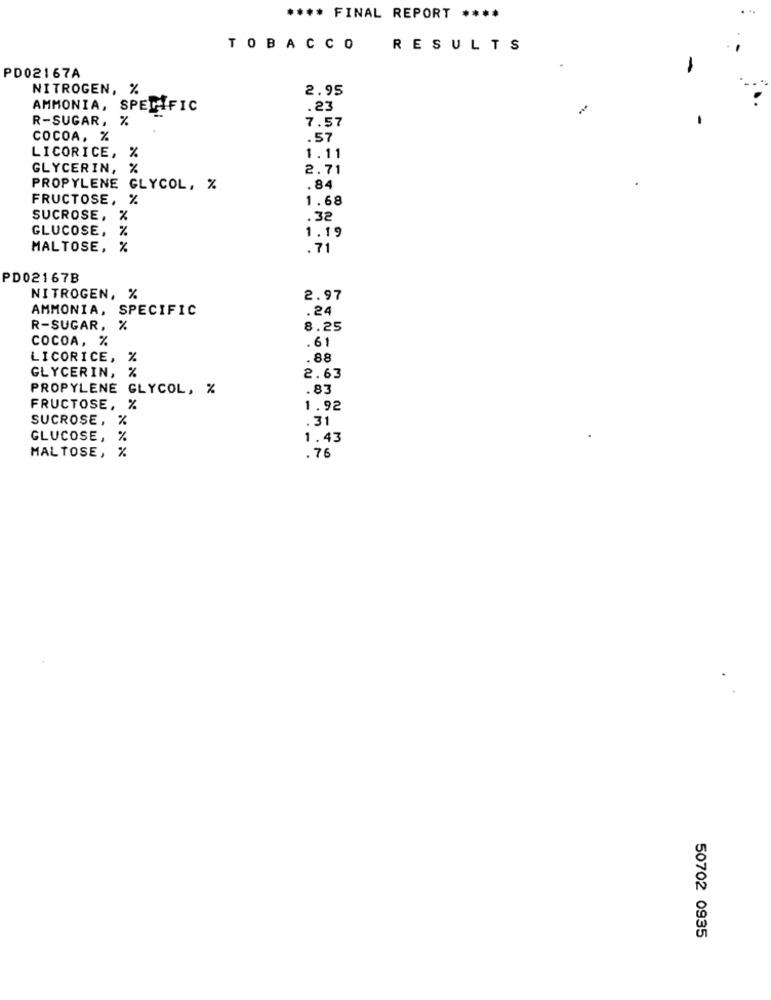
**** FINAL REPORT ****
TOBACCO
RESULTS
PD02167A
NITROGEN, %
2.95
AMMONIA, SPECIFIC
.23
R-SUGAR, %
7.57
COCOA, %
.57
LICORICE, %
1.11
GLYCERIN, 2
2.71
PROPYLENE GLYCOL, %
.84
FRUCTOSE, %
1.68
SUCROSE, %
.32
GLUCOSE, %
1.19
MALTOSE, %
.71
PD02167B
NITROGEN, %
2.97
AMMONIA, SPECIFIC
.24
R-SUGAR, %
8.25
COCOA, %
.61
LICORICE,
%
.88
GLYCERIN, %
2.63
PROPYLENE GLYCOL, %
.83
FRUCTOSE, %
1.92
SUCROSE, %
.31
GLUCOSE, %
1.43
MAL TOSE, %
.76
50702 0935